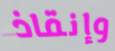
وإنقاذ